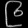
Digit: ၉